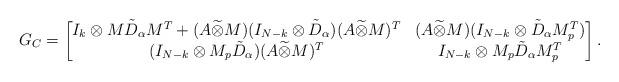
LaTeX: \begin{align*}G_C=\begin{bmatrix}I_k\otimes M\tilde{D}_\alpha M^T+(A\widetilde{\otimes}M)(I_{N-k}\otimes\tilde{D}_\alpha)(A\widetilde{\otimes}M)^T&(A\widetilde{\otimes}M)(I_{N-k}\otimes \tilde{D}_\alpha M_p^T)\\(I_{N-k}\otimes M_p\tilde{D}_\alpha)(A\widetilde{\otimes}M)^T&I_{N-k}\otimes M_p\tilde{D}_\alpha M_p^T\end{bmatrix}.\end{align*}